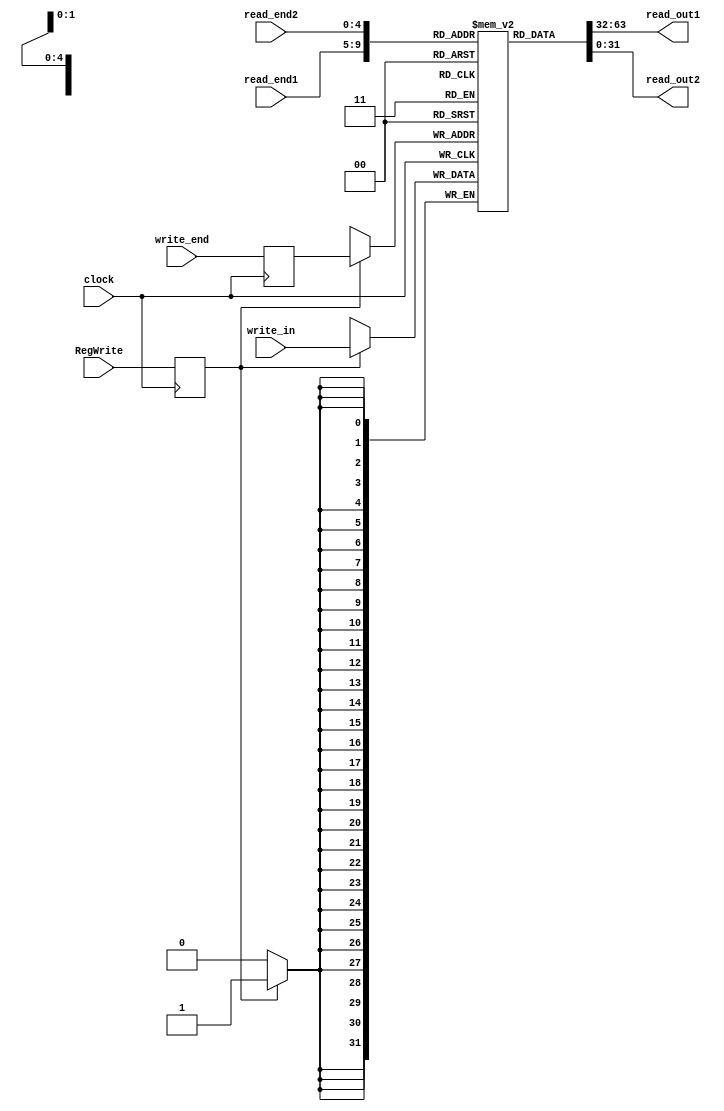
module RegisterBank(read_end1, read_end2, write_end, read_out1, read_out2, write_in, clock, RegWrite);

input [4:0] read_end1, read_end2, write_end;
input clock, RegWrite;
input [31:0] write_in;

output [31:0] read_out1, read_out2;

reg [31:0] registers [31:0];

reg [4:0] write_addr;
reg [31:0] write_data;
reg write_flag;

initial 
	begin 
		registers[0] = 32'd0;
		
		//registradores do SO
		registers[1] = 32'd0;
		registers[2] = 32'd66;
		registers[3] = 32'd66;
		registers[5] = 32'd0;
		registers[6] = 32'd0;
		
		//registers[20] = 32'd0;
		//registers[21] = 32'd0;
		//registers[18] = 32'd256;
		//registers[19] = 32'd256;
		//registers[30] = 32'd256;
		//registers[29] = 32'd256;
	end 

always@(negedge clock)
	begin
		
		if (write_flag==1) 
			begin
				registers[write_addr] <= write_in;
			end
	end

always@(posedge clock)
	begin
		//registers[0] = 32'b00000000000000000000000000000000;
		write_addr <= write_end;
		write_flag <= RegWrite;
	end
	

assign read_out1 = registers[read_end1];
assign read_out2 = registers[read_end2];


endmodule